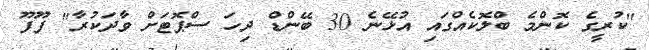
"ކުރީގެ ކޮންމެ ބްލޮކެއްގައި އުޅޭނެ 30 ބޭންޑް ދިހަ ސްޕޮޓަށް ވާދަކުރާ" ފޫފޫ